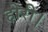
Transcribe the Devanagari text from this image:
होरी।